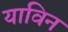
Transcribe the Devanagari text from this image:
याविन